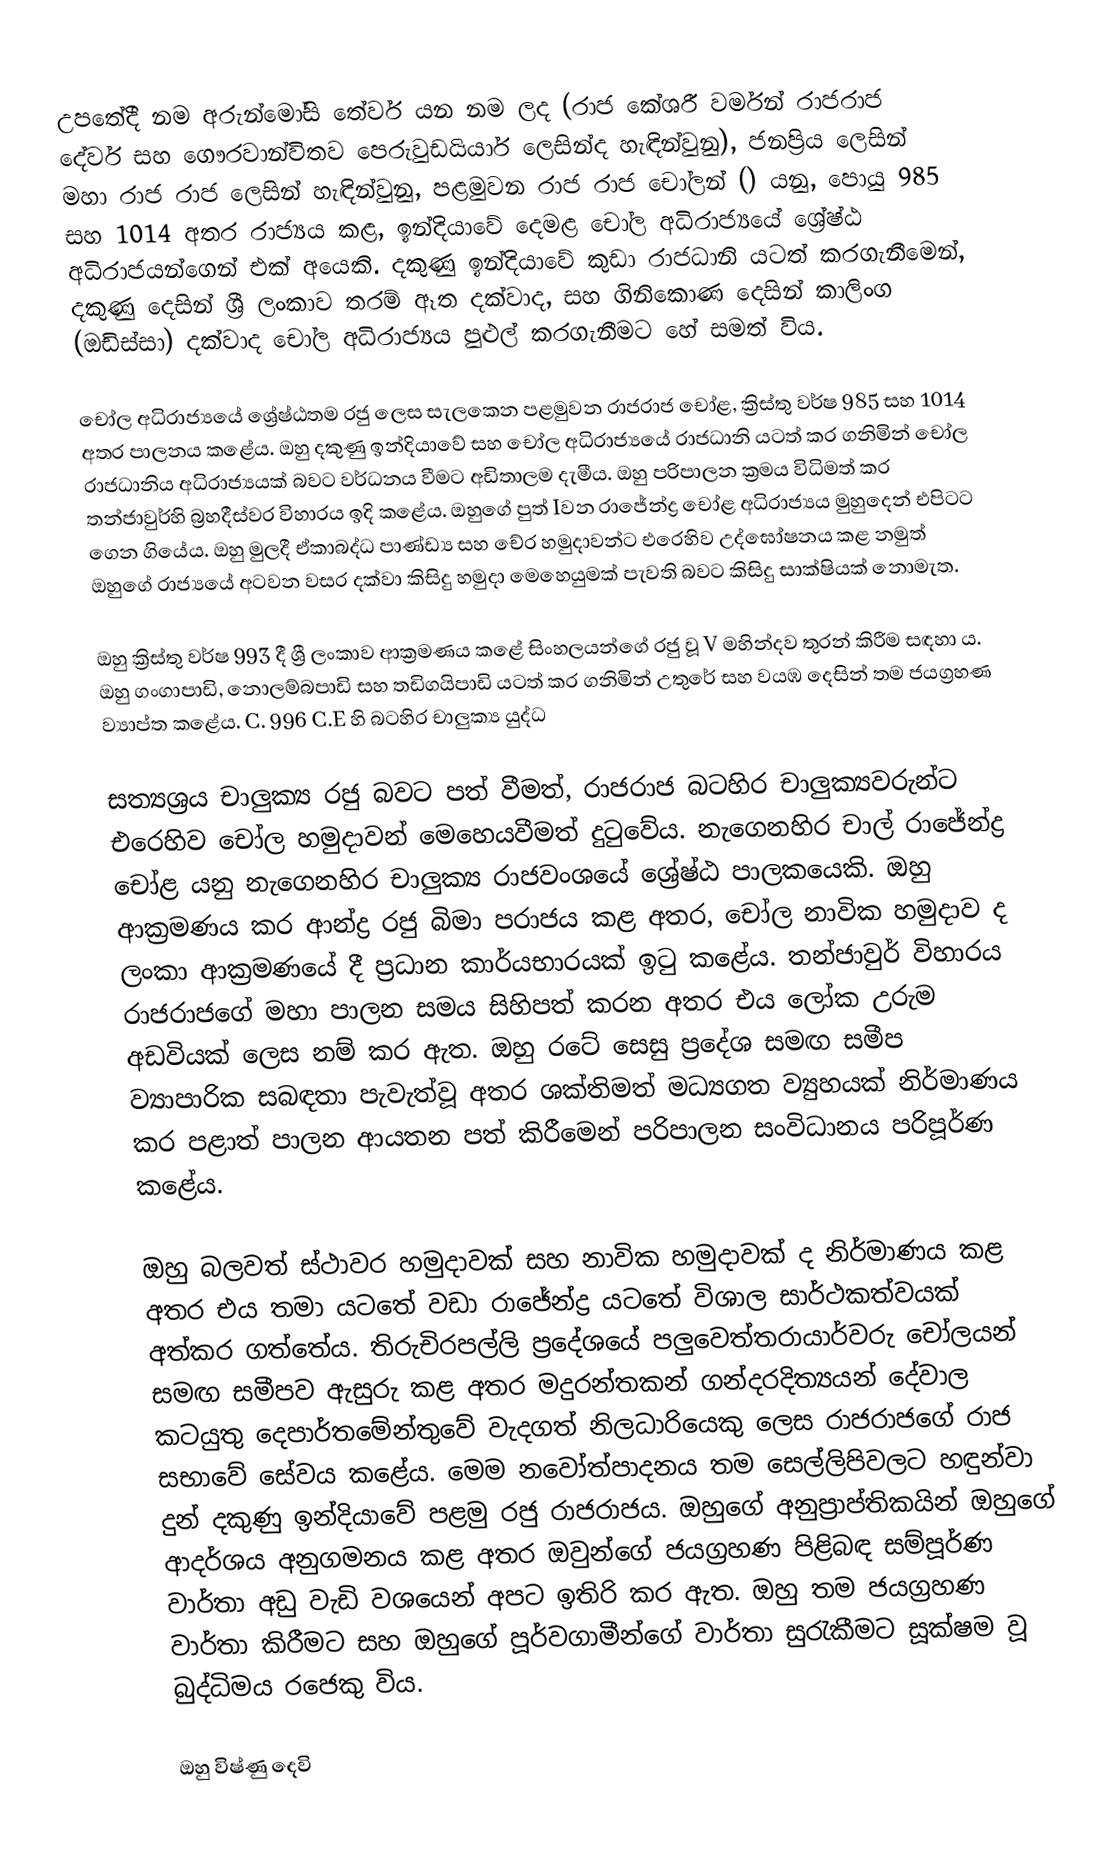
උපතේදී නම අරුන්මෝසි තේවර් යන නම ලද (රාජ කේශරී වර්මන් රාජරාජ දේවර්  සහ ගෞරවාන්විතව පෙරුවුඩයියාර් ලෙසින්ද හැඳින්වුනු), ජනප්‍රිය ලෙසින්  මහා රාජ රාජ ලෙසින් හැඳින්වුනු, පළමුවන රාජ රාජ චෝලන් () යනු,  පොයු 985 සහ 1014 අතර රාජ්‍යය කළ,  ඉන්දියාවේ දෙමළ  චෝල අධිරාජ්‍යයේ ශ්‍රේෂ්ඨ අධිරාජයන්ගෙන් එක් අයෙකි. දකුණු ඉන්දියාවේ කුඩා රාජධානි යටත් කරගැනීමෙන්, දකුණු දෙසින් ශ්‍රී ලංකාව තරම් ඈත දක්වාද, සහ ගිනිකොණ දෙසින්  කාලිංග (ඔඩිස්සා) දක්වාද චෝල අධිරාජ්‍යය පුළුල් කරගැනීමට හේ සමත් විය.

චෝල අධිරාජ්‍යයේ ශ්‍රේෂ්ඨතම රජු ලෙස සැලකෙන පළමුවන රාජරාජ චෝළ, ක්‍රිස්තු වර්ෂ 985 සහ 1014 අතර පාලනය කළේය. ඔහු දකුණු ඉන්දියාවේ සහ චෝල අධිරාජ්‍යයේ රාජධානි යටත් කර ගනිමින් චෝල රාජධානිය අධිරාජ්‍යයක් බවට වර්ධනය වීමට අඩිතාලම දැමීය. ඔහු පරිපාලන ක්‍රමය විධිමත් කර තන්ජාවුර්හි බ්‍රහදීස්වර විහාරය ඉදි කළේය. ඔහුගේ පුත් Iවන රාජේන්ද්‍ර චෝළ අධිරාජ්‍යය මුහුදෙන් එපිටට ගෙන ගියේය. ඔහු මුලදී ඒකාබද්ධ පාණ්ඩ්‍ය සහ චේර හමුදාවන්ට එරෙහිව උද්ඝෝෂනය කළ නමුත් ඔහුගේ රාජ්‍යයේ අටවන වසර දක්වා කිසිදු හමුදා මෙහෙයුමක් පැවති බවට කිසිදු සාක්ෂියක් නොමැත.

ඔහු ක්‍රිස්තු වර්ෂ 993 දී ශ්‍රී ලංකාව ආක්‍රමණය කළේ සිංහලයන්ගේ රජු වූ V මහින්දව තුරන් කිරීම සඳහා ය. ඔහු ගංගාපාඩි, නොලම්බපාඩි සහ තඩිගයිපාඩි යටත් කර ගනිමින් උතුරේ සහ වයඹ දෙසින් තම ජයග්‍රහණ ව්‍යාප්ත කළේය. C. 996 C.E හි බටහිර චාලුක්‍ය යුද්ධ

සත්‍යශ්‍රය චාලුක්‍ය රජු බවට පත් වීමත්, රාජරාජ බටහිර චාලුක්‍යවරුන්ට එරෙහිව චෝල හමුදාවන් මෙහෙයවීමත් දුටුවේය. නැගෙනහිර චාල් රාජේන්ද්‍ර චෝළ යනු නැගෙනහිර චාලුක්‍ය රාජවංශයේ ශ්‍රේෂ්ඨ පාලකයෙකි. ඔහු ආක්‍රමණය කර ආන්ද්‍ර රජු බිමා පරාජය කළ අතර, චෝල නාවික හමුදාව ද ලංකා ආක්‍රමණයේ දී ප්‍රධාන කාර්යභාරයක් ඉටු කළේය. තන්ජාවුර් විහාරය රාජරාජගේ මහා පාලන සමය සිහිපත් කරන අතර එය ලෝක උරුම අඩවියක් ලෙස නම් කර ඇත. ඔහු රටේ සෙසු ප්‍රදේශ සමඟ සමීප ව්‍යාපාරික සබඳතා පැවැත්වූ අතර ශක්තිමත් මධ්‍යගත ව්‍යුහයක් නිර්මාණය කර පළාත් පාලන ආයතන පත් කිරීමෙන් පරිපාලන සංවිධානය පරිපූර්ණ කළේය.

ඔහු බලවත් ස්ථාවර හමුදාවක් සහ නාවික හමුදාවක් ද නිර්මාණය කළ අතර එය තමා යටතේ වඩා රාජේන්ද්‍ර යටතේ විශාල සාර්ථකත්වයක් අත්කර ගත්තේය. තිරුචිරපල්ලි ප්‍රදේශයේ පලුවෙත්තරායාර්වරු චෝලයන් සමඟ සමීපව ඇසුරු කළ අතර මදුරන්තකන් ගන්දරදිත්‍යයන් දේවාල කටයුතු දෙපාර්තමේන්තුවේ වැදගත් නිලධාරියෙකු ලෙස රාජරාජගේ රාජ සභාවේ සේවය කළේය. මෙම නවෝත්පාදනය තම සෙල්ලිපිවලට හඳුන්වා දුන් දකුණු ඉන්දියාවේ පළමු රජු රාජරාජය. ඔහුගේ අනුප්‍රාප්තිකයින් ඔහුගේ ආදර්ශය අනුගමනය කළ අතර ඔවුන්ගේ ජයග්‍රහණ පිළිබඳ සම්පූර්ණ වාර්තා අඩු වැඩි වශයෙන් අපට ඉතිරි කර ඇත. ඔහු තම ජයග්‍රහණ වාර්තා කිරීමට සහ ඔහුගේ පූර්වගාමීන්ගේ වාර්තා සුරැකීමට සූක්ෂම වූ බුද්ධිමය රජෙකු විය.

ඔහු විෂ්ණු දෙවි